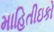
માહિતીઇકો